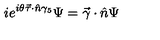
i e ^ { i \theta \vec { \tau } \cdot \hat { n } \gamma _ { 5 } } \Psi = \vec { \gamma } \cdot \hat { n } \Psi